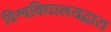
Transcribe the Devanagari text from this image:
विश्वविद्यालयद्वारा